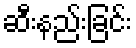
ဆီးနည်းခြင်း